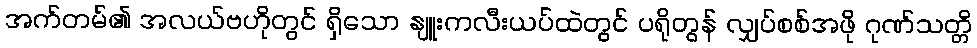
အက်တမ်၏ အလယ်ဗဟိုတွင် ရှိသော နျူးကလီးယပ်ထဲတွင် ပရိုတွန် လျှပ်စစ်အဖို ဂုဏ်သတ္တိ